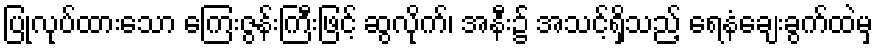
ပြုလုပ်ထားသော ကြေးဇွန်းကြီးဖြင့် ဆွလိုက်၊ အနီး၌ အသင့်ရှိသည့် ရေနံချေးခွက်ထဲမှ